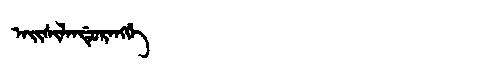
Manchu: ᠠᡳᠰᡳᠯᠠᠨᡩᡠᡵᠠᠩᡤᡝ
Romanization: AISILANDURANGGE